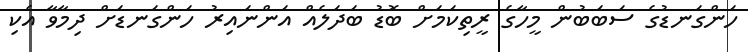
ހަންގަނޑުގެ ސަބަބުން މީހާގެ ރީތިކަމަށް ބޮޑު ބަދަލެއް އަންނައިރު ހަންގަނޑަށް ދިމާވާ އެކި